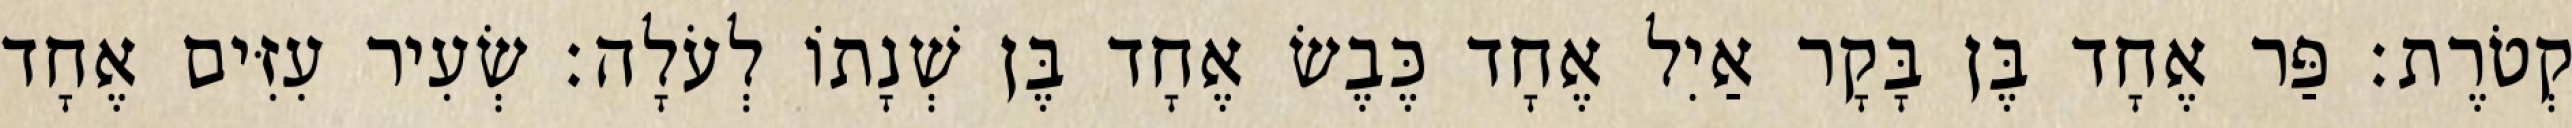
קְטֹרֶת׃ פַּר אֶחָד בֶּן בָּקָר אַיִל אֶחָד כֶּבֶשׂ אֶחָד בֶּן שְׁנָתוֹ לְעֹלָה׃ שְׂעִיר עִזִּים אֶחָד